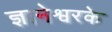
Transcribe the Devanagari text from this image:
ज्ञानेश्वरके